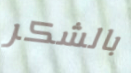
بالشكر